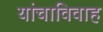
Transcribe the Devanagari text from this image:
यांचाविवाह